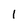
Character: 1